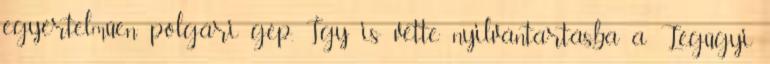
egyértelműen polgári gép. Így is vette nyilvántartásba a Légügyi